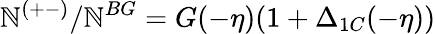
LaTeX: \mathbb{N}^{(+-)}/\mathbb{N}^{BG}=G(-\eta)(1+\Delta_{1C}(-\eta))